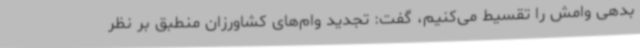
بدهی وامش را تقسیط می‌کنیم، گفت: تجدید وام‌های کشاورزان منطبق بر نظر